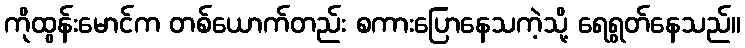
ကိုထွန်းမောင်က တစ်ယောက်တည်း စကားပြောနေသကဲ့သို့ ရေရွတ်နေသည်။